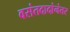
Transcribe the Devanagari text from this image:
वसंतदादांनंतर